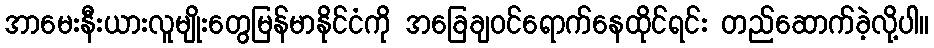
အာမေးနီးယားလူမျိုးတွေမြန်မာနိုင်ငံကို အခြေချဝင်ရောက်နေထိုင်ရင်း တည်ဆောက်ခဲ့လို့ပါ။